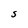
Character: S